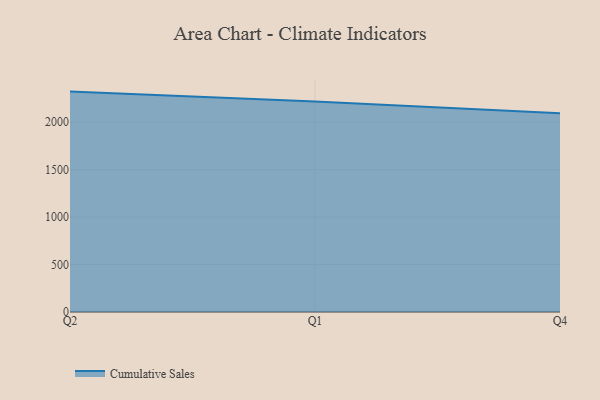
{"axis": {"x": "Quarter", "y": "LTV (USD)"}, "legend": ["Cumulative Sales"], "data": [{"x": "Q2", "y": 2321.2, "type": "Cumulative Sales"}, {"x": "Q1", "y": 2216.7, "type": "Cumulative Sales"}, {"x": "Q4", "y": 2091.9, "type": "Cumulative Sales"}]}